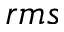
r m s